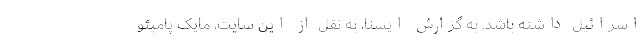
اسرائیل داشته باشد. به گزارش ایسنا، به نقل از این سایت، مایک پامپئو